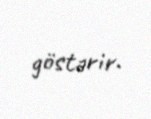
göstərir.